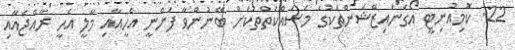
22. ކޮމިއުނިޓީ އޯގަނައިޒޭޝަންތަކުގެ މަސައްކަތްތަކަށް ބޭނުންވާ ފަންނީ އެހީއާއި މާލީ އެހީ ރާއްޖެއާއި